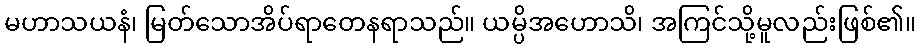
မဟာသယနံ၊ မြတ်သောအိပ်ရာတေနရာသည်။ ယမ္ပိအဟောသိ၊ အကြင်သို့မူလည်းဖြစ်၏။